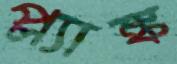
প্ল্যাঙ্ক